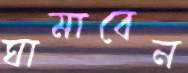
ঘামাবেন